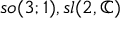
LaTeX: { \mathfrak { s o } } ( 3 ; 1 ) , { \mathfrak { s l } } ( 2 , \mathbb { C } )